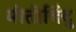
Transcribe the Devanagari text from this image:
मोतीबिंदु